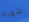
شهرة